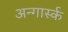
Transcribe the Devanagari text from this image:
अन्गार्स्क